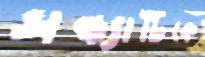
সন্ধ্যাটিকে